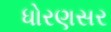
ધોરણસર